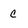
Character: c